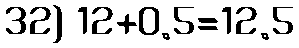
32) 12+0.5=12.5